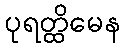
ပုရတ္ထိမေန